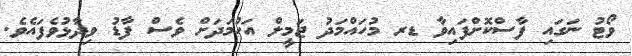
ވޯޓު ނަގައި ފާސްކޮށްފައިވާ ޑރ މުހައްމަދު ޖަމީލް އަހުމަދަށް ވެސް ފާޑު ވިދާޅުވެފައެވެ.